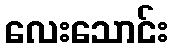
လေးသောင်း